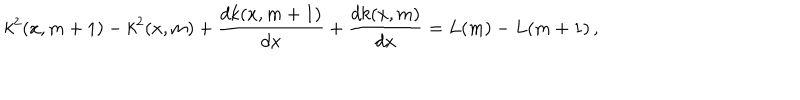
LaTeX: k ^ { 2 } ( x , m + 1 ) - k ^ { 2 } ( x , m ) + \frac { d k ( x , m + 1 ) } { d x } + \frac { d k ( x , m ) } { d x } = L ( m ) - L ( m + 1 ) \, ,